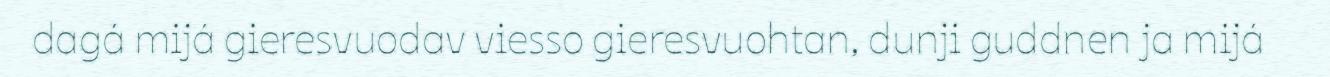
dagá mijá gieresvuodav viesso gieresvuohtan, dunji guddnen ja mijá